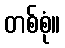
တစ်စုံ။